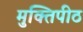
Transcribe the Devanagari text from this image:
मुक्तिपीठ